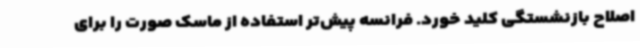
اصلاح بازنشستگی کلید خورد. فرانسه پیش‌تر استفاده از ماسک صورت را برای